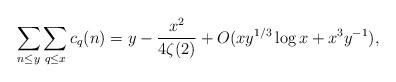
LaTeX: \begin{align*} \sum_{n \le y} \sum_{q \le x} c_q(n) = y - \frac{x^2}{4\zeta(2)} + O(xy^{1/3}\log x +x^3y^{-1}),\end{align*}